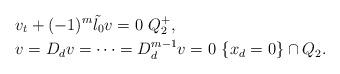
LaTeX: \begin{align*}&v_t+(-1)^m \tilde{\l_0} v=0\,\,Q_2^+,\\&v=D_d v=\cdots=D_d^{m-1}v=0\,\,\{x_d=0\}\cap Q_2.\end{align*}